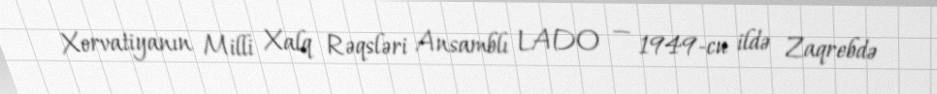
Xorvatiyanın Milli Xalq Rəqsləri Ansamblı LADO — 1949-cu ildə Zaqrebdə